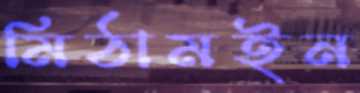
মিঠামইন